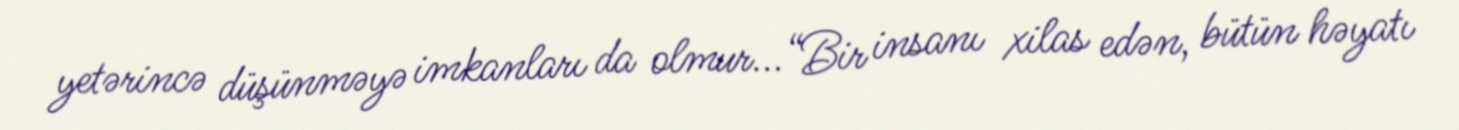
yetərincə düşünməyə imkanları da olmur...“Bir insanı xilas edən, bütün həyatı